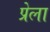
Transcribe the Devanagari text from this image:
प्रेला